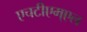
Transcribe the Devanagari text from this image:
एचटीएम्एल